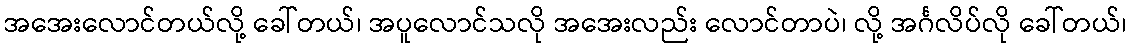
အအေးလောင်တယ်လို့ ခေါ်တယ်၊ အပူလောင်သလို အအေးလည်း လောင်တာပဲ၊ လို့ အင်္ဂလိပ်လို ခေါ်တယ်၊